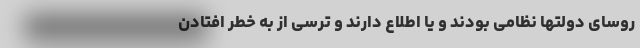
روسای دولتها نظامی بودند و یا اطلاع دارند و ترسی از به خطر افتادن